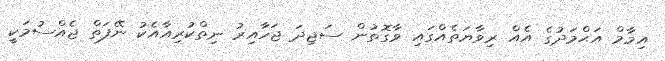
އިމާމް އަޙްމަދުގެ އެއް ރިވާޔަތެއްގައި ވާގޮތުން ސަޖިދަ ޖަހާއިރު ނިތްކުރިއާއެކު ނޭފަތް ޖެއްސުމަކީ